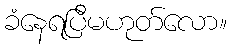
ခံနေရပြီမဟုတ်လော။